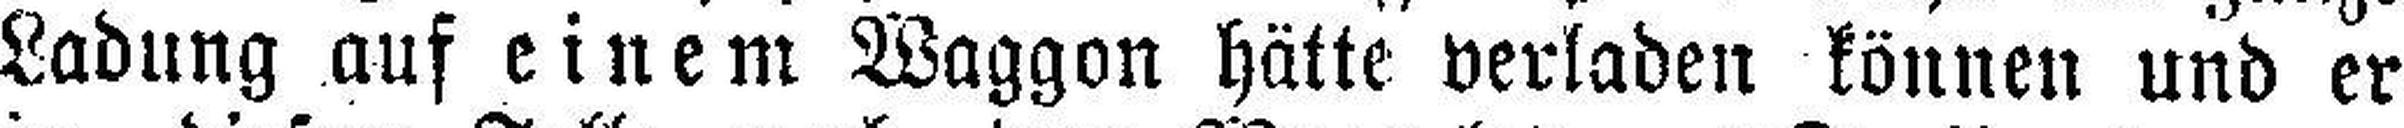
Ladung auf einem Waggon hätte verladen können und er